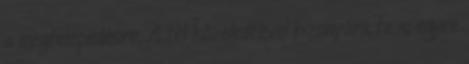
a megtelepedésre. A tél közeledtével bizonyára te is egyre